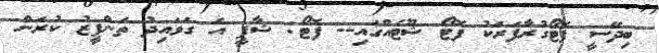
ބިދޭސީ ފޮޓޯގުރާފަރަކު ފޮޓޯ ޝޫޓެއްގައި-- ފޮޓޯ: ޝާފީ އެ ގަވައިދު ތަންފީޒު ކުރަން